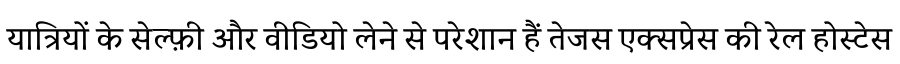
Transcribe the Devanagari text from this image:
यात्रियों के सेल्फ़ी और वीडियो लेने से परेशान हैं तेजस एक्सप्रेस की रेल होस्टेस